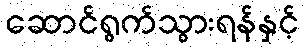
ဆောင်ရွက်သွားရန်နှင့်